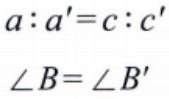
\[

a:a' = c:c' \\

\angle B=\angle B'

\]